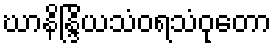
ဃာနိန္ဒြိယသံဝရသံဝုတော